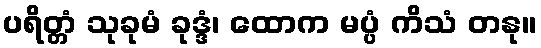
ပရိတ္တံ သုခုမံ ခုဒ္ဒံ၊ ထောက မပ္ပံ ကိသံ တနု။